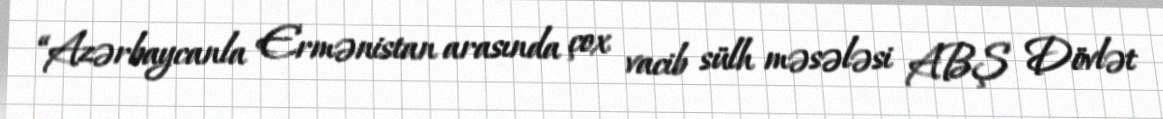
“Azərbaycanla Ermənistan arasında çox vacib sülh məsələsi ABŞ Dövlət